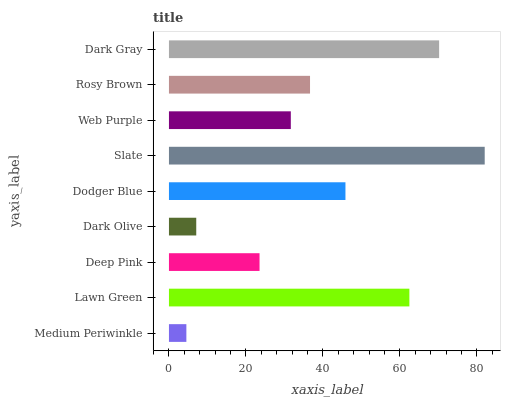
| yaxis_label | bars |
 | --- | --- |
 | Medium Periwinkle | 4.52 |
 | Lawn Green | 62.4 |
 | Deep Pink | 23.5 |
 | Dark Olive | 7.09 |
 | Dodger Blue | 45.8 |
 | Slate | 82 |
 | Web Purple | 31.7 |
 | Rosy Brown | 36.6 |
 | Dark Gray | 70.2 |